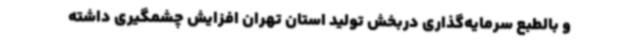
و بالطبع سرمایه‌گذاری دربخش تولید استان تهران افزایش چشمگیری داشته